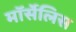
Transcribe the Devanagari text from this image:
मॉर्सेलिस